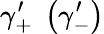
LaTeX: \gamma_{+}^{\prime}\; \left(\gamma_{-}^{\prime}\right)